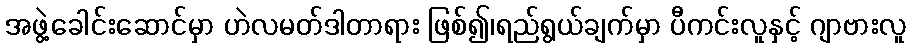
အဖွဲ့ခေါင်းဆောင်မှာ ဟဲလမတ်ဒါတာရား ဖြစ်၍၊ရည်ရွယ်ချက်မှာ ပီကင်းလူနှင့် ဂျာဗားလူ